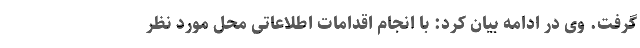
گرفت. وی در ادامه بیان کرد: با انجام اقدامات اطلاعاتی محل مورد نظر